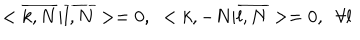
< \overline { { { k , N } } } | \overline { { { l , N } } } > = 0 , \; \; < k , - N | \overline { { { l , N } } } > = 0 , \; \; \forall l